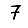
Digit: 7